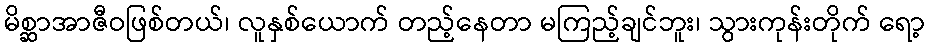
မိစ္ဆာအာဇီဝဖြစ်တယ်၊ လူနှစ်ယောက် တည့်နေတာ မကြည့်ချင်ဘူး၊ သွားကုန်းတိုက် ရော့